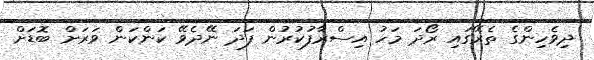
ދިވެހިންގެ ތެރޭގައި ރޯދަ މަހު އިސްރާފުކުރުން ފަދަ ނޭދެވޭ ކަންކަން ވަރަށް ބޮޑަށް